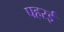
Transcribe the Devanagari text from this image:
पहरई